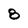
Character: 8